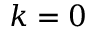
k = 0